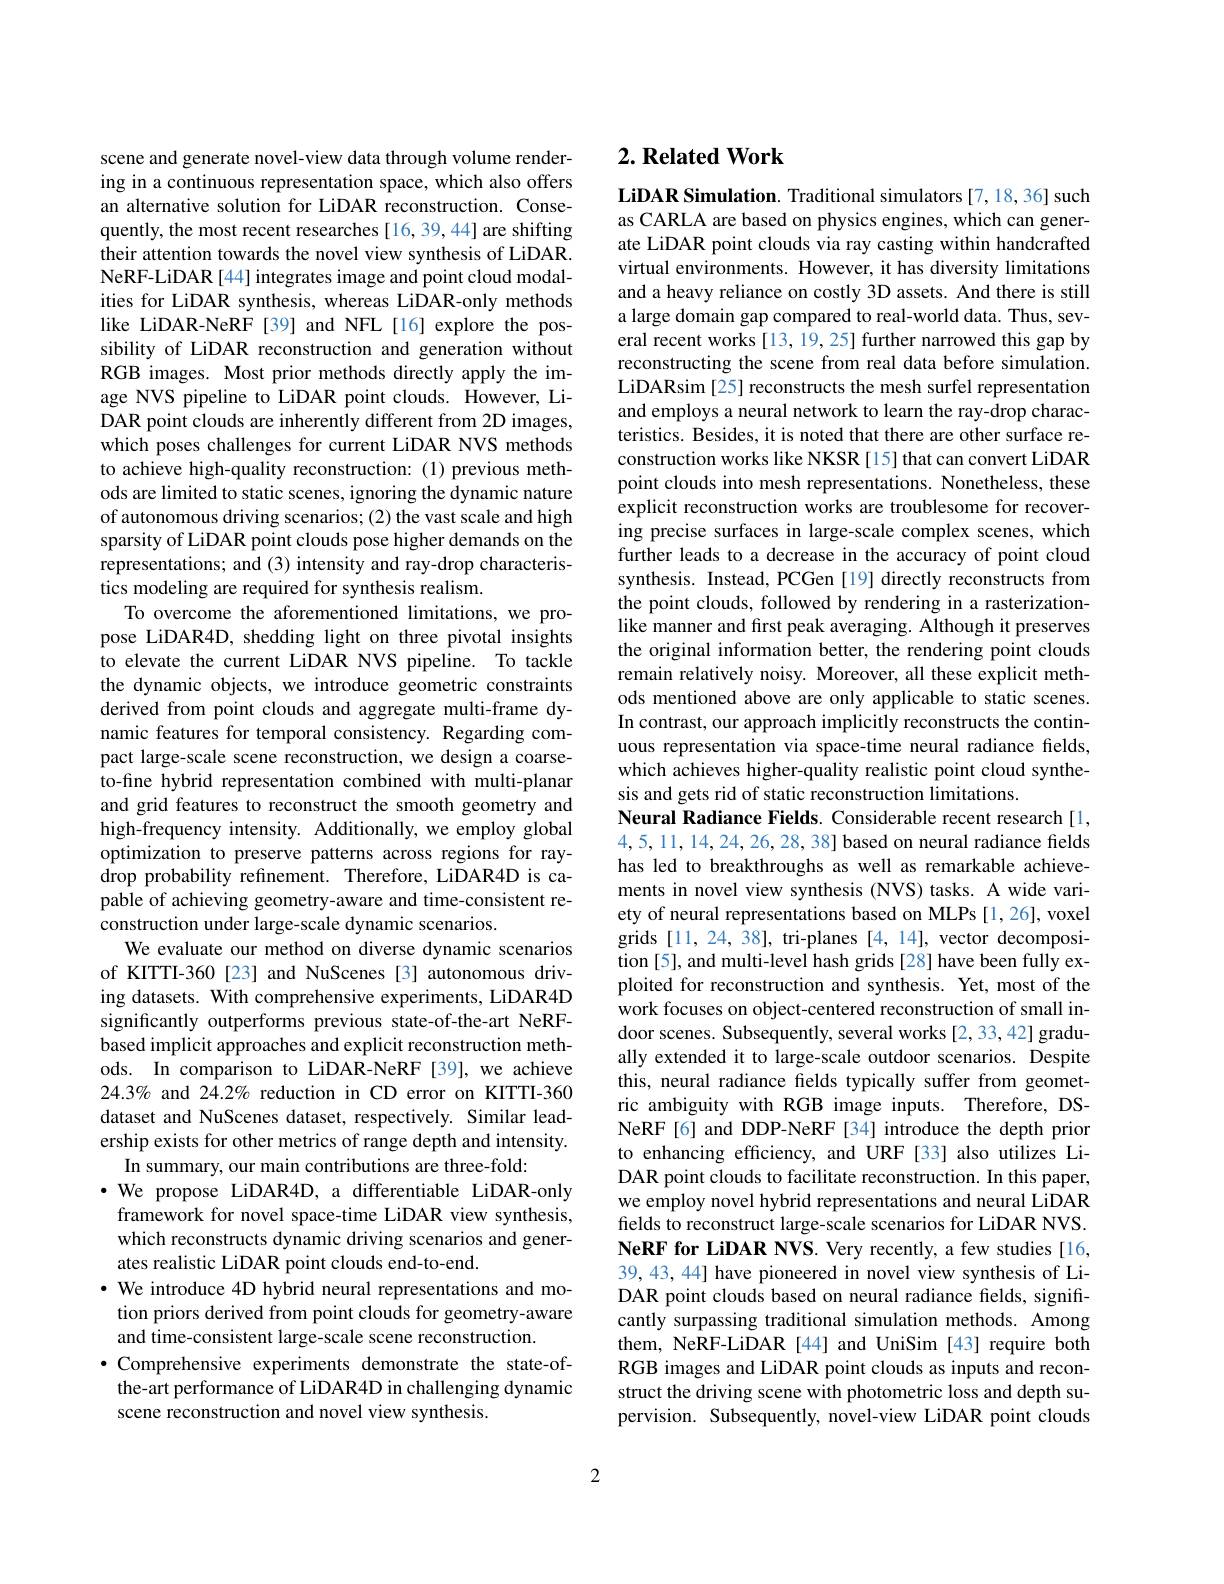
scene and generate novel-view data through volume rendering in a continuous representation space, which also offers an alternative solution for LiDAR reconstruction. Consequently, the most recent researches [16,39,44] are shifting their attention towards the novel view synthesis of LiDAR. NeRF-LiDAR[44] integrates image and point cloud modalities for LiDAR synthesis, whereas LiDAR-only methods like LiDAR-NeRF [39] and NFL[16] explore the possibility of LiDAR reconstruction and generation without RGB images. Most prior methods directly apply the image NVS pipeline to LiDAR point clouds. However, LiDAR point clouds are inherently different from 2D images, which poses challenges for current LiDAR NVS methods to achieve high-quality reconstruction:(1)previous methods are limited to static scenes, ignoring the dynamic nature of autonomous driving scenarios; (2) the vast scale and high sparsity of LiDAR point clouds pose higher demands on the representations; and (3) intensity and ray-drop characteristics modeling are required for synthesis realism.
To overcome the aforementioned limitations, we propose LiDAR4D, shedding light on three pivotal insights to elevate the current LiDAR NVS pipeline. To tackle the dynamic objects, we introduce geometric constraints derived from point clouds and aggregate multi-frame dynamic features for temporal consistency. Regarding compact large-scale scene reconstruction, we design a coarseto-fine hybrid representation combined with multi-planar and grid features to reconstruct the smooth geometry and high-frequency intensity. Additionally, we employ global optimization to preserve patterns across regions for ray- $\hat{\text{drop probability refinement.}}$Therefore,LiDAR4D is capable of achieving geometry-aware and time-consistent reconstruction under large-scale dynamic scenarios
We evaluate our method on diverse dynamic scenarios of KITTI-360[23] and NuScenes[3] autonomous driving datasets. With comprehensive experiments, LiDAR4D significantly outperforms previous state-of-the-art NeRFbased implicit approaches and explicit reconstruction methods. In comparison to LiDAR-NeRF[39],we achieve $24.3\%$ and 24.2% reduction in CD error on KITTI-360 dataset and NuScenes dataset, respectively. Similar leadership exists for other metrics of range depth and intensity.
In summary, our main contributions are three-fold:
$\cdot$ We propose LiDAR4D, a differentiable LiDAR-only framework for novel space-time LiDAR view synthesis, which reconstructs dynamic driving scenarios and generates realistic LiDAR point clouds end-to-end.
· We introduce 4D hybrid neural representations and motion priors derived from point clouds for geometry-aware and time-consistent large-scale scene reconstruction.
$\bullet$ Comprehensive experiments demonstrate the state-ofthe-art performance of LiDAR4D in challenging dynamic scene reconstruction and novel view synthesis.

## $2. \textbf{Related Work}$

LiDAR Simulation. Traditional simulators [7,18,36] such as CARLA are based on physics engines, which can generate LiDAR point clouds via ray casting within handcrafted virtual environments. However, it has diversity limitations and a heavy reliance on costly 3D assets. And there is still a large domain gap compared to real-world data. Thus, several recent works[13, 19, 25] further narrowed this gap by reconstructing the scene from real data before simulation. LiDARsim [25] reconstructs the mesh surfel representation and employs a neural network to learn the ray-drop characteristics. Besides, it is noted that there are other surface reconstruction works like NKSR [15] that can convert LiDAR point clouds into mesh representations. Nonetheless, these explicit reconstruction works are troublesome for recovering precise surfaces in large-scale complex scenes, which further leads to a decrease in the accuracy of point cloud synthesis. Instead, PCGen [19] directly reconstructs from the point clouds, followed by rendering in a rasterizationlike manner and first peak averaging. Although it preserves the original information better, the rendering point clouds remain relatively noisy. Moreover, all these explicit methods mentioned above are only applicable to static scenes. In contrast, our approach implicitly reconstructs the continuous representation via space-time neural radiance fields, which achieves higher-quality realistic point cloud synthesis and gets rid of static reconstruction limitations.
Neural Radiance Fields. Considerable recent research [1, 4,5,11,14,24,26,28,38] based on neural radiance fields has led to breakthroughs as well as remarkable achievements in novel view synthesis (NVS) tasks. A wide variety of neural representations based on MLPs [1,26], voxel grids [11,24,38], tri-planes [4,14], vector decomposition [5], and multi-level hash grids [28] have been fully exploited for reconstruction and synthesis. Yet, most of the work focuses on object-centered reconstruction of small indoor scenes. Subsequently, several works[2,33,42] gradually extended it to large-scale outdoor scenarios. Despite this, neural radiance fields typically suffer from geometric ambiguity with RGB image inputs. Therefore, DSNeRF[6] and DDP-NeRF [34] introduce the depth prior to enhancing efficiency, and URF [33] also utilizes LiDAR point clouds to facilitate reconstruction. In this paper, we employ novel hybrid representations and neural LiDAR fields to reconstruct large-scale scenarios for LiDAR NVS. NeRF for LiDAR NVS. Very recently, a few studies [16, 39,43,44] have pioneered in novel view synthesis of LiDAR point clouds based on neural radiance fields, significantly surpassing traditional simulation methods. Among them, NeRF-LiDAR[44] and UniSim [43] require both RGB images and LiDAR point clouds as inputs and reconstruct the driving scene with photometric loss and depth supervision. Subsequently, novel-view LiDAR point clouds

2